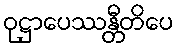
ဝုဋ္ဌာပေဿန္တီတိပေ